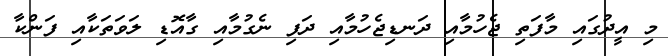
މި އީދުގައި މާފަތި ޖެހުމާއި ދަނޑިޖެހުމާއި ދަފި ނެގުމާއި ގާއޮޑި ލަވަތަކާއި ފަންކާ